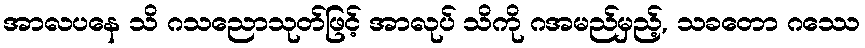
အာလပနေ သိ ဂသညောသုတ်ဖြင့် အာလုပ် သိကို ဂအမည်မှည့်, သခတော ဂဿေ